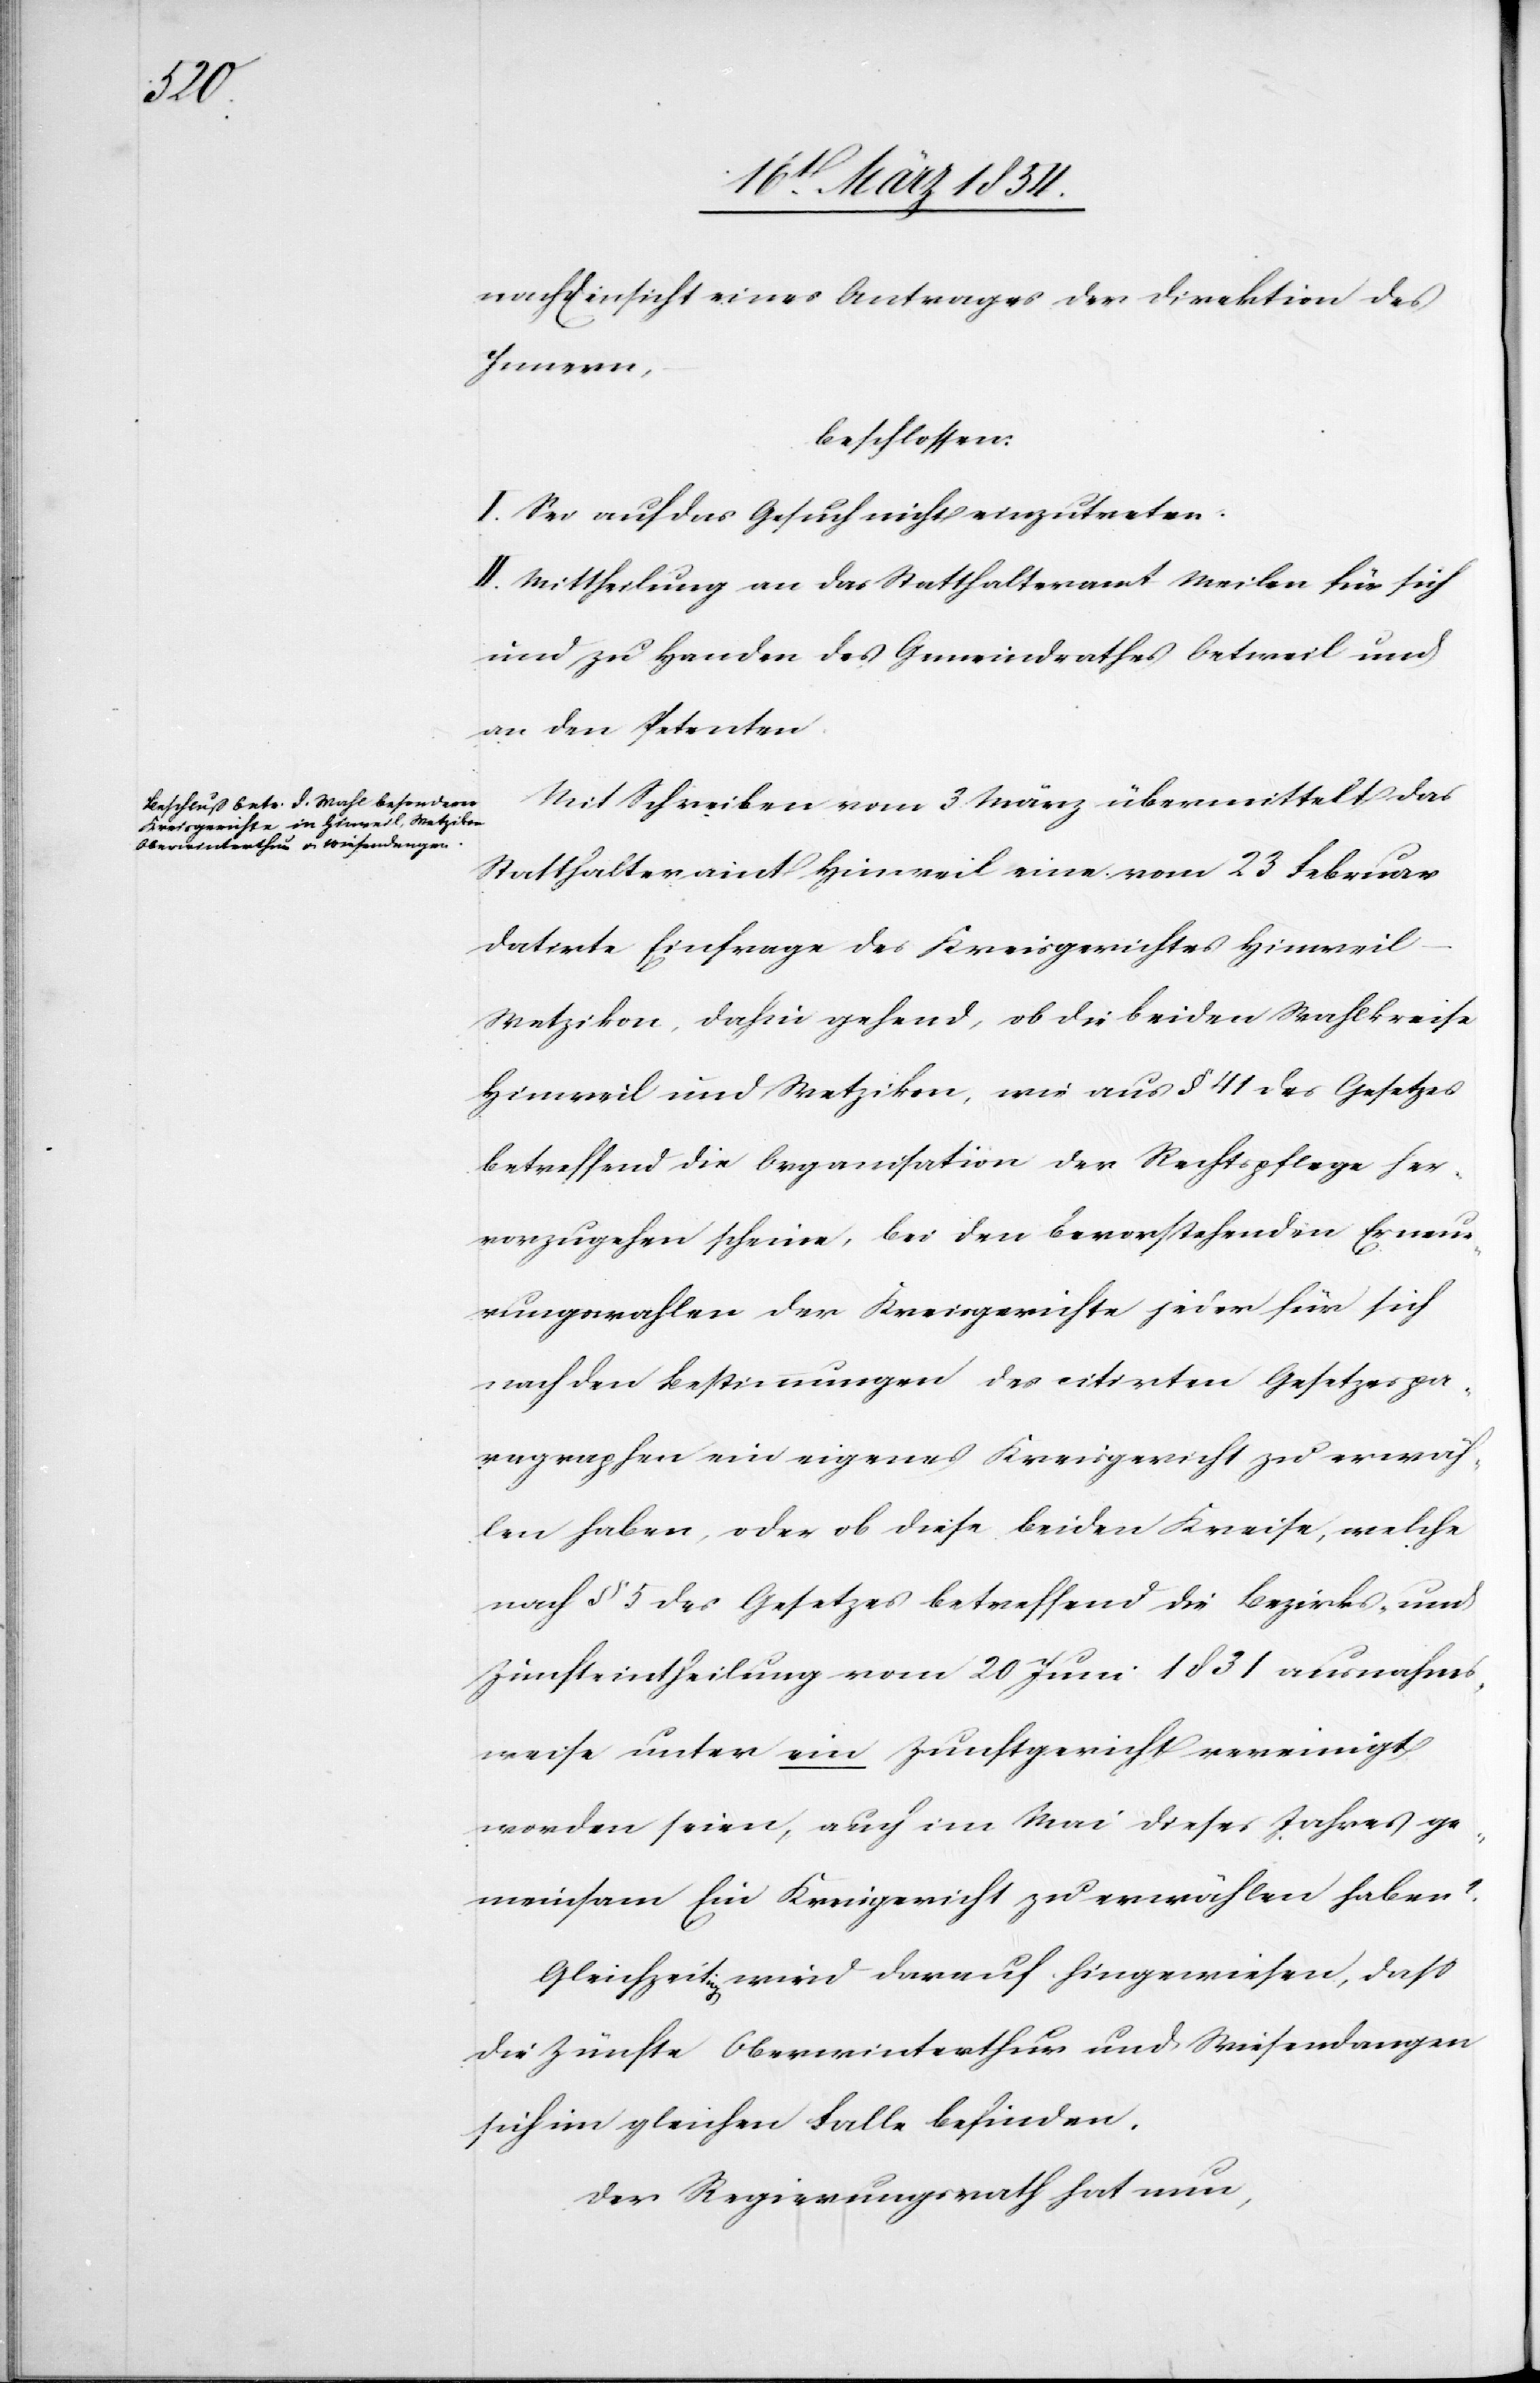
nach Einsicht eines Antrages der Direktion des
Innern,
beschlossen:
I. Sei auf das Gesuch nicht einzutreten.
II. Mittheilung an das Statthalteramt Meilen für sich
und zu Handen des Gemeindrathes Oetweil und
an den Petenten.
Mit Schreiben vom 3 März übermittelt das
Statthalteramt Hinweil eine vom 23 Februar
datirte Einfrage des Kreisgerichtes Hinweil–W¬
etzikon, dahin gehend, ob die beiden Wahlkreise
Hinweil und Wetzikon, wie aus § 41 des Gesetzes
betreffend die Organisation der Rechtspflege her¬
vorzugehen scheine, bei den bevorstehenden Erneu¬
erungswahlen des Kreisgerichtes jeder für sich
nach den Bestimmungen des citirten Gesetzespa¬
ragraphen ein eigenes Kreisgericht zu erwäh¬
len habe, oder ob diese beiden Kreise, welche
nach § 5 des Gesetzes betreffend die Bezirks- und
Zunfteintheilung vom 20 Juni 1831 ausnahms¬
weise unter ein Zunftgericht vereinigt
worden seien, auch im Mai dieses Jahres ge¬
meinsam Ein Kreisgericht zu erwählen haben?
Gleichzeita-ig-a wird darauf hingewiesen, daß
die Zünfte Oberwinterthur und Wiesendangen
sich im gleichen Falle befinden.
Der Regierungsrath hat nun,